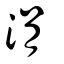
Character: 涓